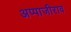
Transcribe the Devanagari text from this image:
अप्पाजीराव